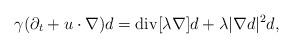
LaTeX: \begin{align*}\gamma (\partial_t+u\cdot\nabla)d = {\rm div}[ \lambda\nabla]d+\lambda|\nabla d|^2d,\end{align*}